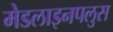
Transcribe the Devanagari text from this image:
मेडलाइनपलुस